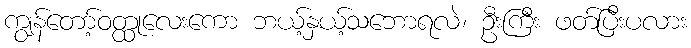
ကျွန်တော့်ဝတ္ထုလေးကော ဘယ့်နှယ့်သဘောရလဲ၊ ဦးကြီး ဖတ်ပြီးပလား